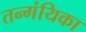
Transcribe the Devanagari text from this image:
तन्गंयिका